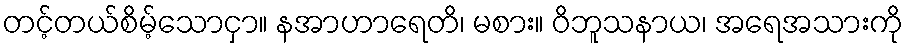
တင့်တယ်စိမ့်သောငှာ။ နအာဟာရေတိ၊ မစား။ ဝိဘူသနာယ၊ အရေအသားကို